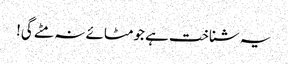
یہ شناخت ہے جومٹائے نہ مٹے گی!